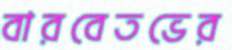
বারবেতভের